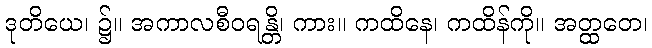
ဒုတိယေ၊ ၌။ အကာလစီဝရန္တိ၊ ကား။ ကထိနေ၊ ကထိန်ကို။ အတ္ထတေ၊